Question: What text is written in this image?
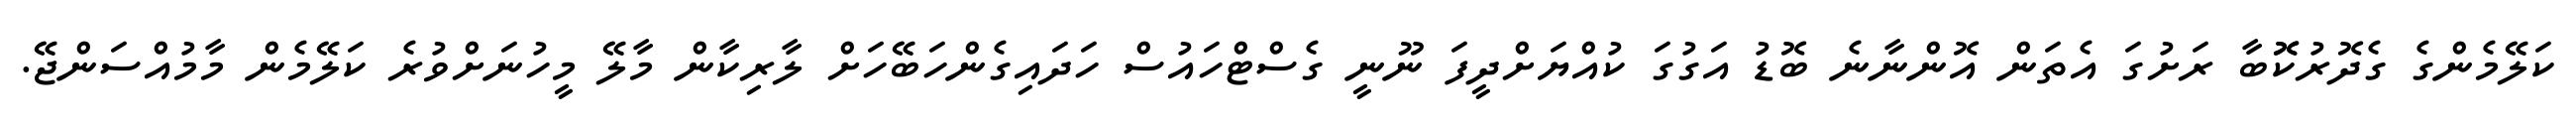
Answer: ކަލޭމެންގެ ގެދޮރުކޮޮބާ ރަށުގަ އެތަން އޮންނާނެ ބޮޑު އަގުގަ ކުއްޔަށްދީފަ ނޫނީ ގެސްޓްހައުސް ހަދައިގެންހަބޭހަށް ލާރިކާން މާލޭ މީހުނަށްވުރެ ކަލޭމެން މާމުއްސަންޖޭ.